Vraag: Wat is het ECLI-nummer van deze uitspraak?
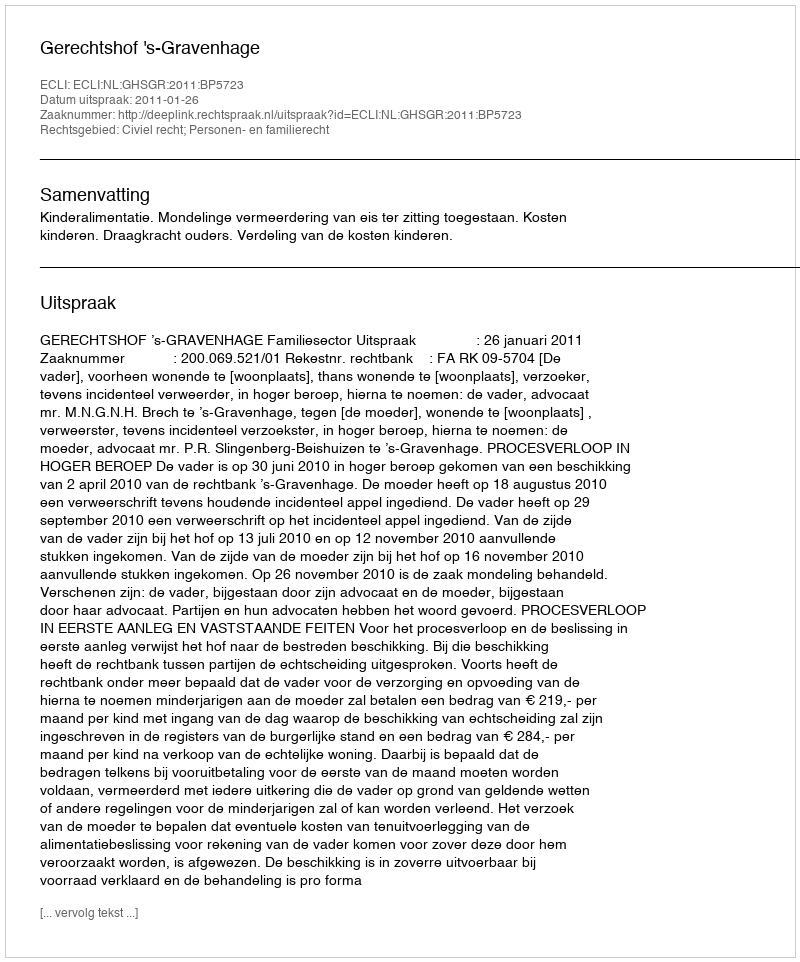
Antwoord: ECLI:NL:GHSGR:2011:BP5723